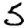
Digit: 5